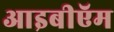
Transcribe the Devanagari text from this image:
आइबीऍम